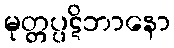
မုတ္တပ္ပဋိဘာနော